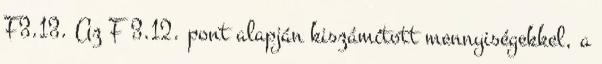
F3.13. Az F 3.12. pont alapján kiszámított mennyiségekkel, a